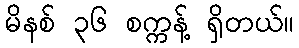
မိနစ် ၃၆ စက္ကန့် ရှိတယ်။